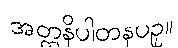
အတ္တနိပါတနပဥှ။